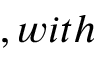
, w i t h